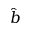
\hat { b }